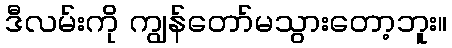
ဒီလမ်းကို ကျွန်တော်မသွားတော့ဘူး။